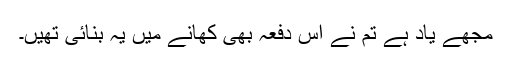
مجھے یاد ہے تم نے اس دفعہ بھی کھانے میں یہ بنائی تھیں۔